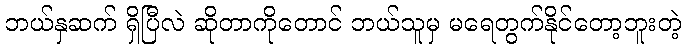
ဘယ်နှဆက် ရှိပြီလဲ ဆိုတာကိုတောင် ဘယ်သူမှ မရေတွက်နိုင်တော့ဘူးတဲ့